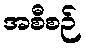
အစီစဉ်